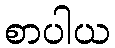
စာပါယ